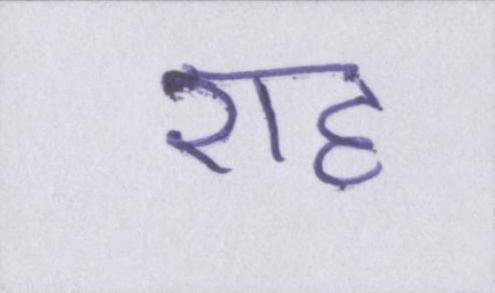
राह